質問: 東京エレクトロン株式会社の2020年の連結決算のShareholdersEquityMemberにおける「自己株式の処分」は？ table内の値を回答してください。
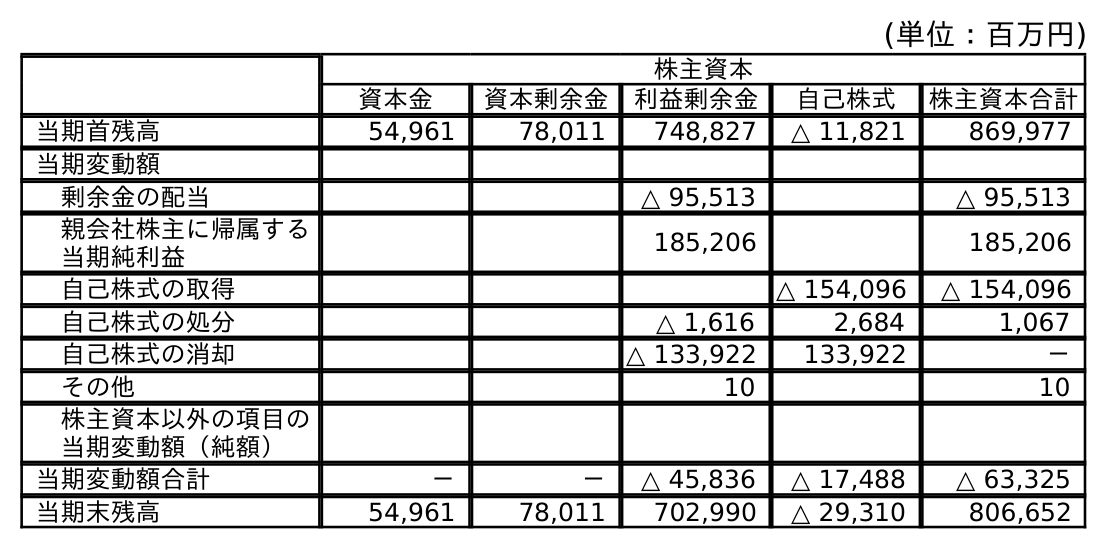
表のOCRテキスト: (単位：百万円) 株主資本 資本金 資本剰余金 利益剰余金 自己株式 株主資本合計 当期首残高 54,961 78,011 748,827 △ 11,821 869,977 当期変動額 剰余金の配当 △ 95,513 △ 95,513 親会社株主に帰属する 当期純利益 185,206 185,206 自己株式の取得 △ 154,096 △ 154,096 自己株式の処分 △ 1,616 2,684 1,067 自己株式の消却 △ 133,922 133,922 － その他 10 10 株主資本以外の項目の 当期変動額（純額） 当期変動額合計 － － △ 45,836 △ 17,488 △ 63,325 当期末残高 54,961 78,011 702,990 △ 29,310 806,652
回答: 1,067